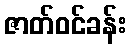
ဇာတ်ဝင်ခန်း